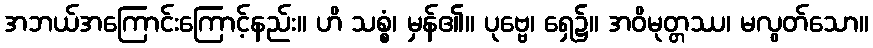
အဘယ်အကြောင်းကြောင့်နည်း။ ဟိ သစ္စံ၊ မှန်၏။ ပုဗ္ဗေ၊ ရှေ၌။ အဝိမုတ္တဿ၊ မလွတ်သော။